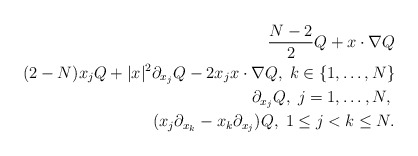
\begin{align*} \frac{N-2}{2}Q+x\cdot\nabla Q\\ (2-N)x_jQ+|x|^2\partial_{x_j}Q-2x_jx\cdot\nabla Q,\; k\in \{1,\ldots ,N\}\\ \partial_{x_j}Q,\; j=1,\ldots ,N,\;\\ (x_j\partial_{x_k}-x_k\partial_{x_j})Q,\; 1\leq j<k\leq N. \end{align*}